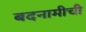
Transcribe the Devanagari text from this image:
बदनामीची